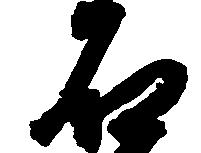
石